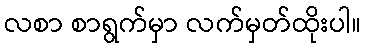
လစာ စာရွက်မှာ လက်မှတ်ထိုးပါ။